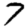
Digit: 7